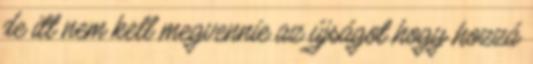
de itt nem kell megvennie az újságot hogy hozzá